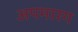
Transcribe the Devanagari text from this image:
अपमारग